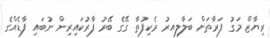
ރިޔާޒް މަގު ފަރާތަށް ބަލާލިއރު ރެކިފުތާ ގޭގެ ބޭރު ފާރުކައިރިން ނުބައި ފާޑެއްގެ